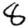
Digit: 8